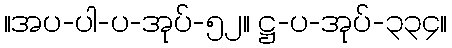
။အပ-ပါ-ပ-အုပ်-၅၂။ ဋ္ဌ-ပ-အုပ်-၃၃၄။